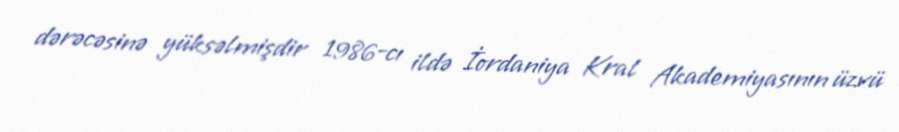
dərəcəsinə yüksəlmişdir 1986-cı ildə İordaniya Kral Akademiyasının üzvü